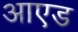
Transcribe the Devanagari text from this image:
आएड